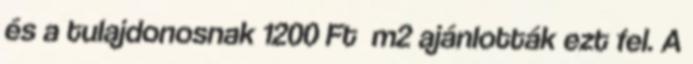
és a tulajdonosnak 1200 Ft m2 ajánlották ezt fel. A